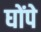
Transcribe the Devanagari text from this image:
घोंपे